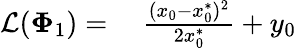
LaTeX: \begin{array}{rl}{\mathcal{L}(\mathbf{\Phi}_{1})=}&{{}~\frac{(x_{0}-x_{0}^{*})^{2}}{2x_{0}^{*}}+y_{0}}\end{array}